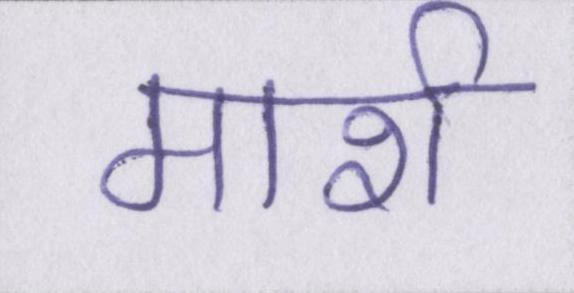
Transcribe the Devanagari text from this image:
मार्श